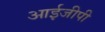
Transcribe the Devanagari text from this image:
आईजीपी